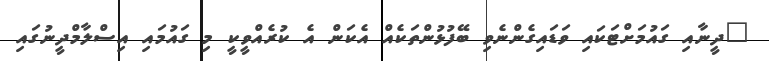
"ދީނާއި ގައުމަށްޓަކައި ވަޑައިގެންނެވި ބޭފުޅުންތަކެއް އެކަން އެ ކުރެއްވީކީ މި ގައުމައި އިސްލާމްދީނުގައި